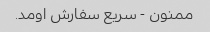
ممنون - سریع سفارش اومد.